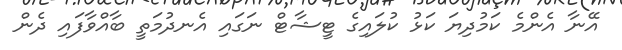
އޭނާ އެންމެ ކަމުދިޔަ ކަޅު ކުލައިގެ ޓީޝާޓް ނަގައި އެނދުމަތީ ބާއްވާފައި ދެން